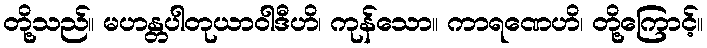
တို့သည်။ မဟန္တပါတုယာဝါဒီဟိ၊ ကုန်သော။ ကာရဏေဟိ၊ တို့ကြောင့်။